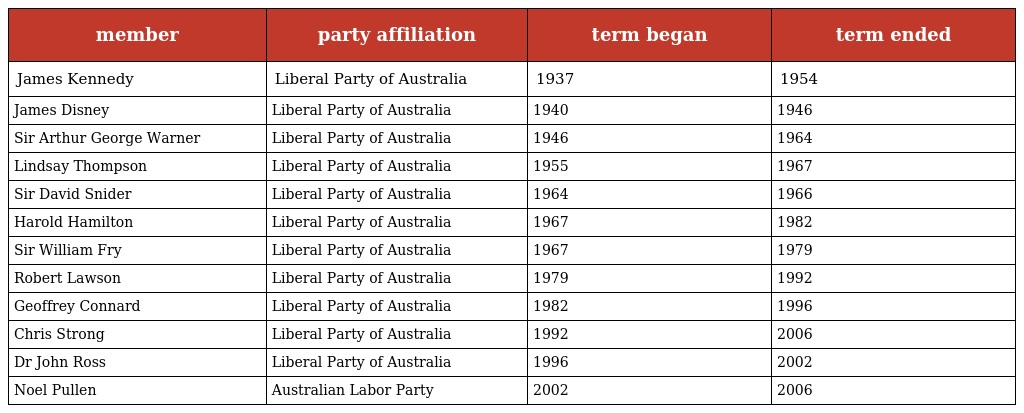
| member | party affiliation | term began | term ended |
 | --- | --- | --- | --- |
 | James Kennedy | Liberal Party of Australia | 1937 | 1954 |
 | James Disney | Liberal Party of Australia | 1940 | 1946 |
 | Sir Arthur George Warner | Liberal Party of Australia | 1946 | 1964 |
 | Lindsay Thompson | Liberal Party of Australia | 1955 | 1967 |
 | Sir David Snider | Liberal Party of Australia | 1964 | 1966 |
 | Harold Hamilton | Liberal Party of Australia | 1967 | 1982 |
 | Sir William Fry | Liberal Party of Australia | 1967 | 1979 |
 | Robert Lawson | Liberal Party of Australia | 1979 | 1992 |
 | Geoffrey Connard | Liberal Party of Australia | 1982 | 1996 |
 | Chris Strong | Liberal Party of Australia | 1992 | 2006 |
 | Dr John Ross | Liberal Party of Australia | 1996 | 2002 |
 | Noel Pullen | Australian Labor Party | 2002 | 2006 |